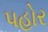
પહોર